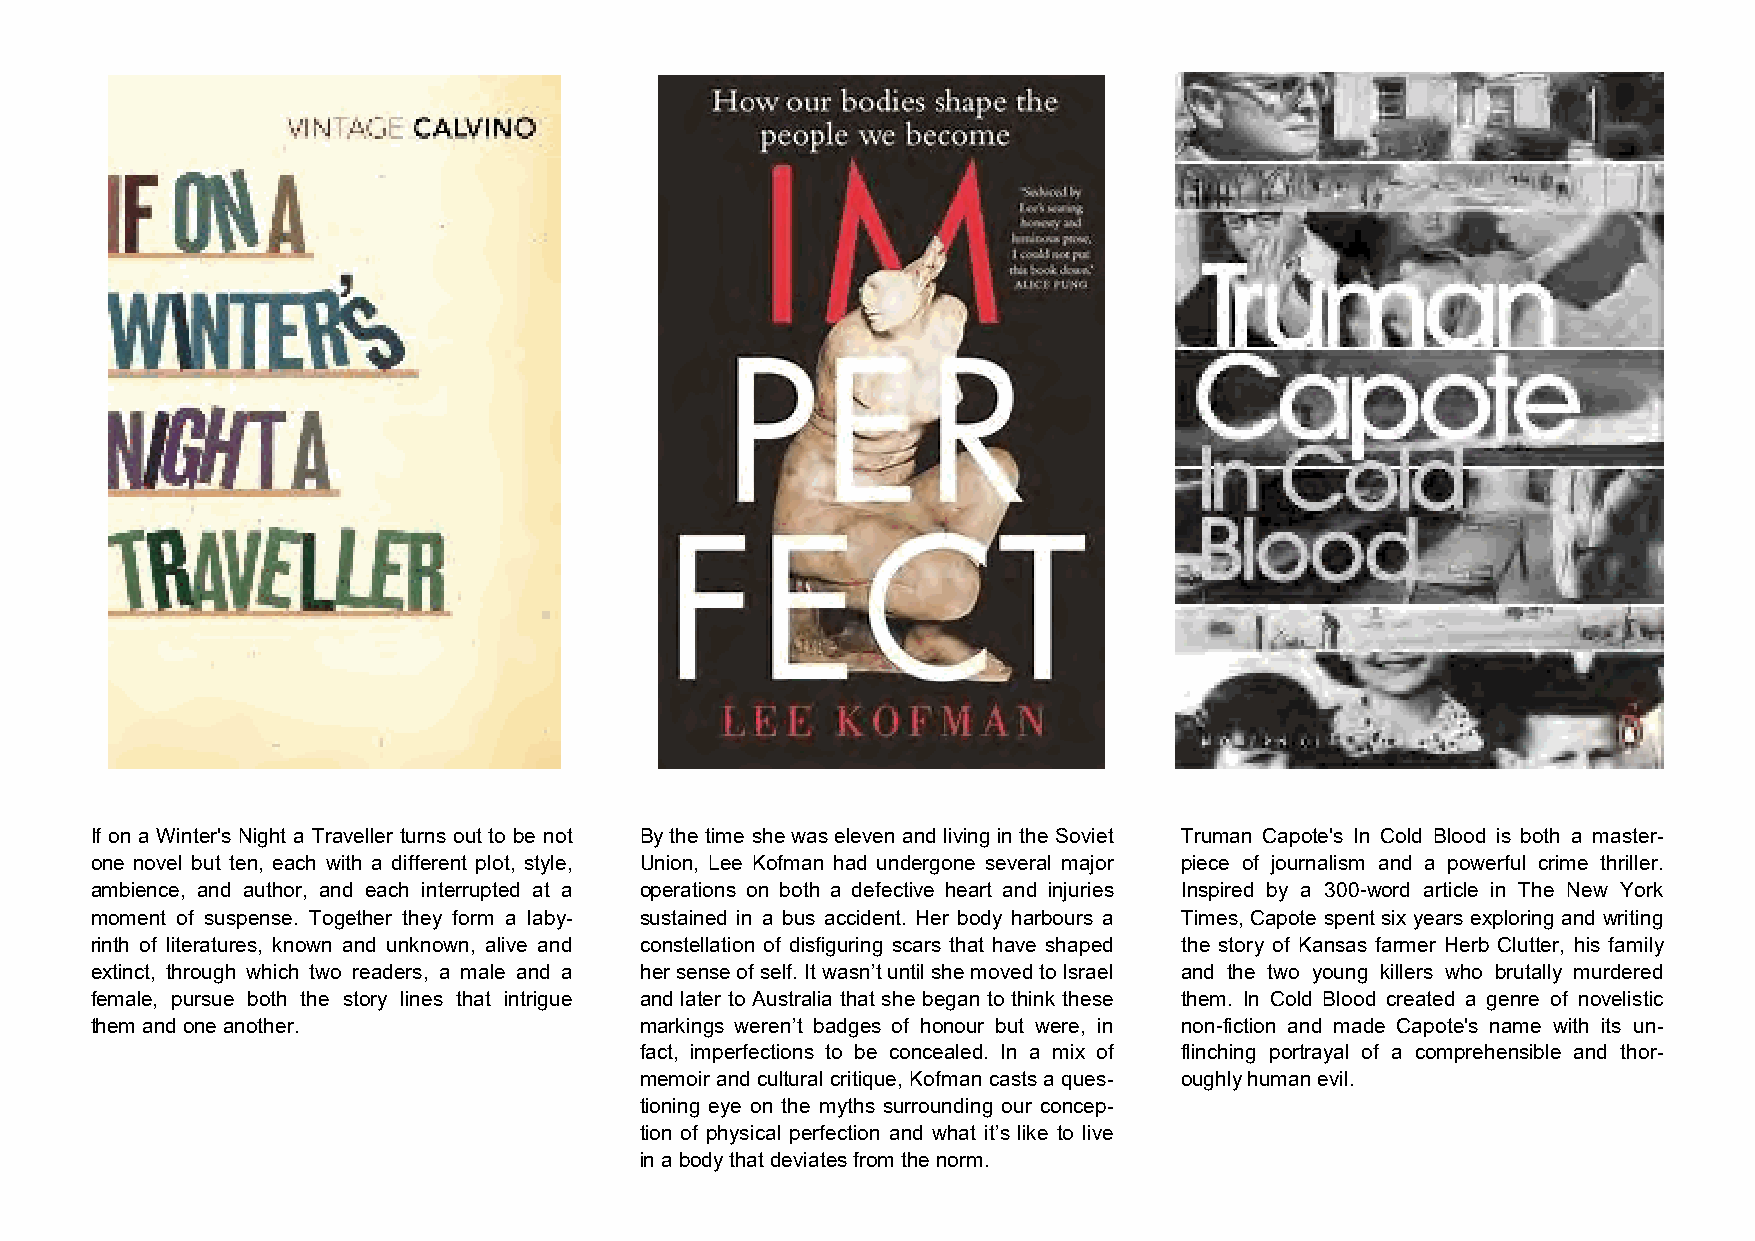
If on a Winter's Night a Traveller turns out to be not By the time she was eleven and living in the Soviet Truman Capote's In Cold Blood is both a master-
 one novel but ten, each with a different plot, style, Union, Lee Kofman had undergone several major piece of journalism and a powerful crime thriller.
 ambience, and author, and each interrupted at a operations on both a defective heart and injuries Inspired by a 300-word article in The New York
 moment of suspense. Together they form a laby- sustained in a bus accident. Her body harbours a Times, Capote spent six years exploring and writing
 rinth of literatures, known and unknown, alive and constellation of disfiguring scars that have shaped the story of Kansas farmer Herb Clutter, his family
 extinct, through which two readers, a male and a her sense of self. It wasn’t until she moved to Israel and the two young killers who brutally murdered
 female, pursue both the story lines that intrigue and later to Australia that she began to think these them. In Cold Blood created a genre of novelistic
 them and one another.               markings weren’t badges of honour but were, in non-fiction and made Capote's name with its un-
 fact, imperfections to be concealed. In a mix of flinching portrayal of a comprehensible and thor-
 memoir and cultural critique, Kofman casts a ques- oughly human evil.
 tioning eye on the myths surrounding our concep-
 tion of physical perfection and what it’s like to live
 in a body that deviates from the norm.